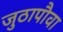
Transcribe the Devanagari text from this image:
जुठापौवा